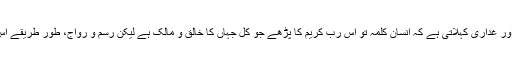
یہ حد درجہ کی بے رخی اور غداری کہلاتی ہے کہ انسان کلمہ تو اس رب کریم کا پڑھے جو کل جہاں کا خالق و مالک ہے لیکن رسم و رواج، طور طریقے اس کے دشمنوں کے اپنائے۔